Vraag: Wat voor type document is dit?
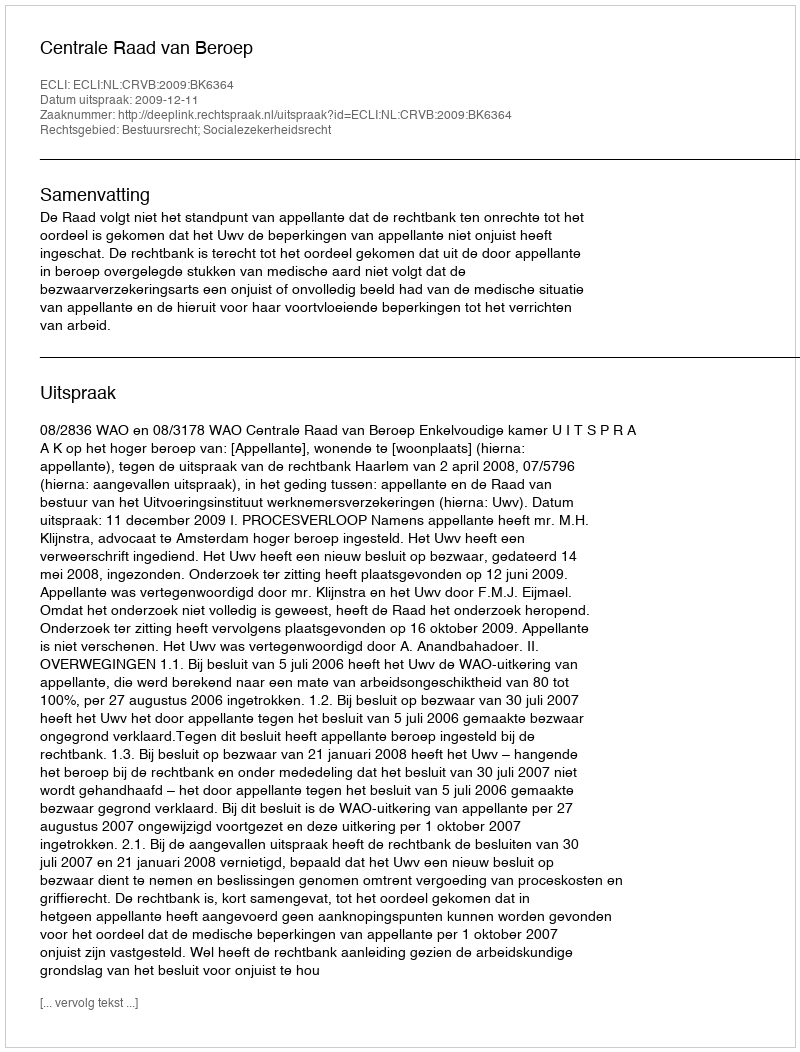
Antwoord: Uitspraak